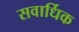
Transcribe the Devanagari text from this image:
सवार्धिक